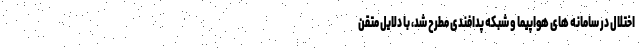
اختلال در سامانه های هواپیما و شبکه پدافندی مطرح شد، با دلایل متقن